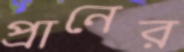
প্রানের